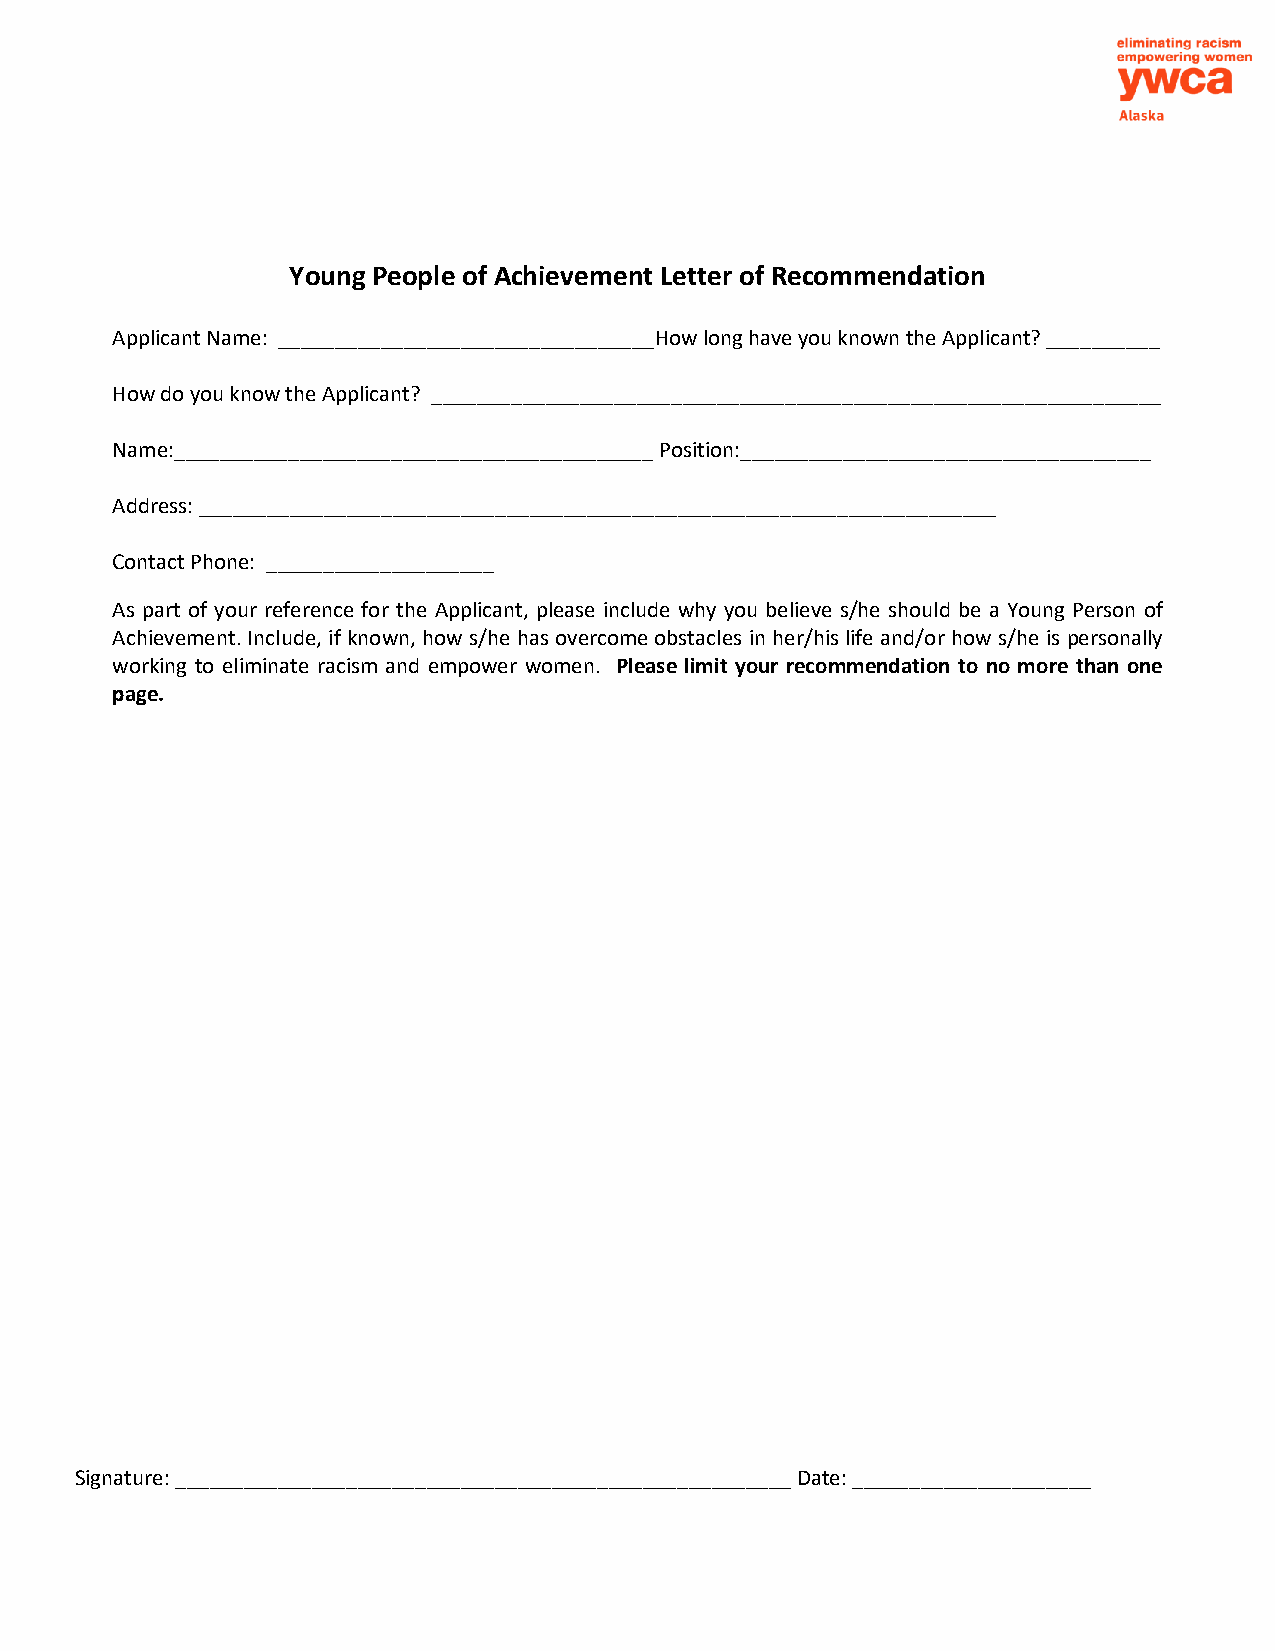
Young People of Achievement Letter of Recommendation
 Applicant Name: _________________________________How long have you known the Applicant? __________
 How do you know the Applicant? ________________________________________________________________
 Name:__________________________________________ Position:____________________________________
 Address: ______________________________________________________________________
 Contact Phone: ____________________
 As part of your reference for the Applicant, please include why you believe s/he should be a Young Person of
 Achievement. Include, if known, how s/he has overcome obstacles in her/his life and/or how s/he is personally
 working to eliminate racism and empower women. Please limit your recommendation to no more than one
 page.
 Signature: ______________________________________________________ Date: _____________________